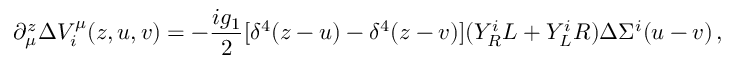
\partial _ { \mu } ^ { z } \Delta V _ { i } ^ { \mu } ( z , u , v ) = - \frac { i g _ { 1 } } { 2 } [ \delta ^ { 4 } ( z - u ) - \delta ^ { 4 } ( z - v ) ] ( Y _ { R } ^ { i } L + Y _ { L } ^ { i } R ) \Delta \Sigma ^ { i } ( u - v ) \, ,